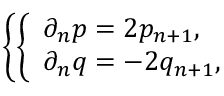
\left\{ \left\{ \begin{array} { l l } { { \partial _ { n } p = 2 p _ { n + 1 } , } } \\ { { \partial _ { n } q = - 2 q _ { n + 1 } , } } \end{array} \right. \right.